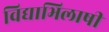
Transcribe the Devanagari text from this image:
विद्याभिलाषी